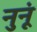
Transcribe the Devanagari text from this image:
नुनूं